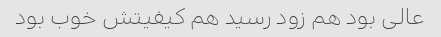
عالی بود هم زود رسید هم کیفیتش خوب بود